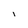
Character: I